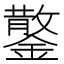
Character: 𮣂